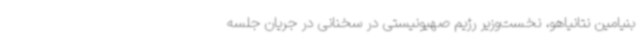
بنیامین نتانیاهو، نخست‌وزیر رژیم صهیونیستی در سخنانی در جریان جلسه